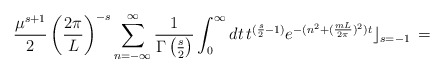
\begin{align*}\frac{\mu^{s+1}}{2} \left(\frac{2\pi}{L}\right)^{-s}\sum_{n=-\infty}^{\infty}\frac{1}{\Gamma\left(\frac{s}{2}\right)}\int_0^{\infty}dt\,t^{(\frac{s}{2}-1)} e^{-(n^2+(\frac{mL}{2\pi})^2)t}\rfloor_{s=-1}\,=\end{align*}